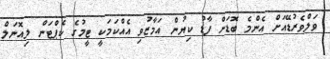
ވަލްވެރުޑޭއަށް އެންމެ ބޮޑަށް ފާޑު ކިޔުން އަމާޒުވި އެއްކަމަކީ ޓީމުގެ ކެޕްޓަން ލިއޮނަލް